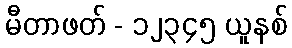
မီတာဖတ် - ၁၂၃၄၅ ယူနစ်